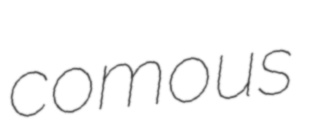
comous